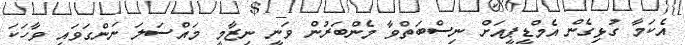
އެކަމާ ގުޅިގެން އެމްޑީޕީއަށް ނިސްބަތްވާ މެންބަރުން ވަނީ ނިޒާމީ މައްސަލަ ނަންގަވައި ވާހަކަ